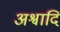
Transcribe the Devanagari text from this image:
अश्वादि